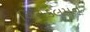
વિનકલમન